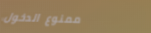
ممنوع الدخول